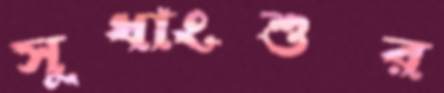
সুধাংশুর